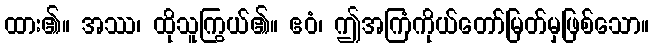
ထား၏။ အဿ၊ ထိုသူကြွယ်၏။ ဧဝံ၊ ဤအကြံကိုယ်တော်မြတ်မှဖြစ်သော။